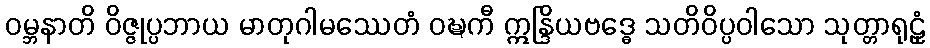
ဝမ္ဘနာတိ ဝိဇ္ဇုပ္ပဘာယ မာတုဂါမဿေတံ ဝဍ္ဎကီ ဣန္ဒြိယဗဒ္ဓေ သတိဝိပ္ပဝါသော သုတ္တာရုဠှံ